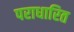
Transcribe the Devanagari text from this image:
पराधारित